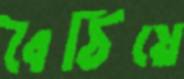
বৈঠিয়ে